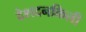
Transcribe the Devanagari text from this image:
देशदनकिली